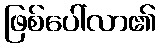
ဖြစ်ပေါ်လာ၏